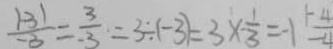
\frac { 1 3 1 } { - 3 } = \frac { 3 } { - 3 } = 3 \div ( - 3 ) = 3 \times \frac { 1 } { 3 } = - 1 \frac { 1 - 4 } { - 4 }